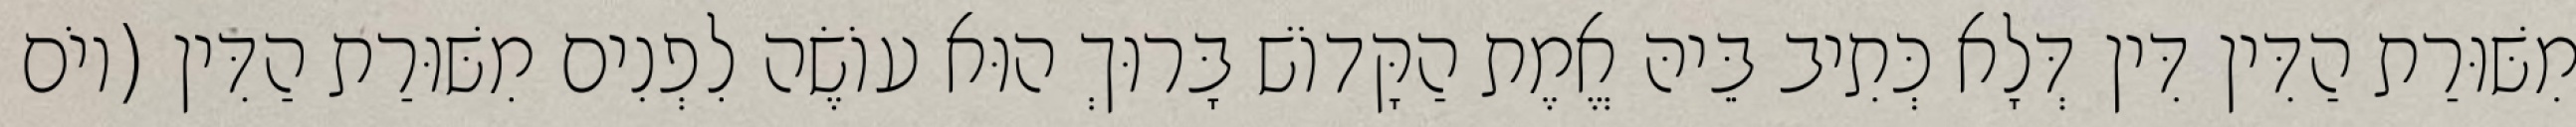
מִשּׁוּרַת הַדִּין דִּין דְּלָא כְּתִיב בֵּיהּ אֱמֶת הַקָּדוֹשׁ בָּרוּךְ הוּא עוֹשֶׂה לִפְנִים מִשּׁוּרַת הַדִּין (יוֹם